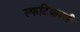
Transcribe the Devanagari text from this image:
स्फटिकाची